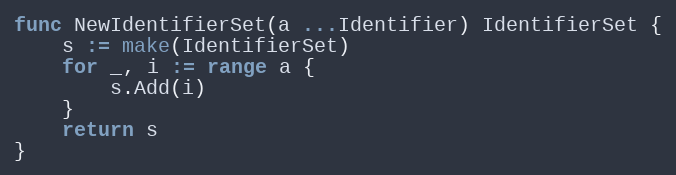
Language: Go
func NewIdentifierSet(a ...Identifier) IdentifierSet {
	s := make(IdentifierSet)
	for _, i := range a {
		s.Add(i)
	}
	return s
}